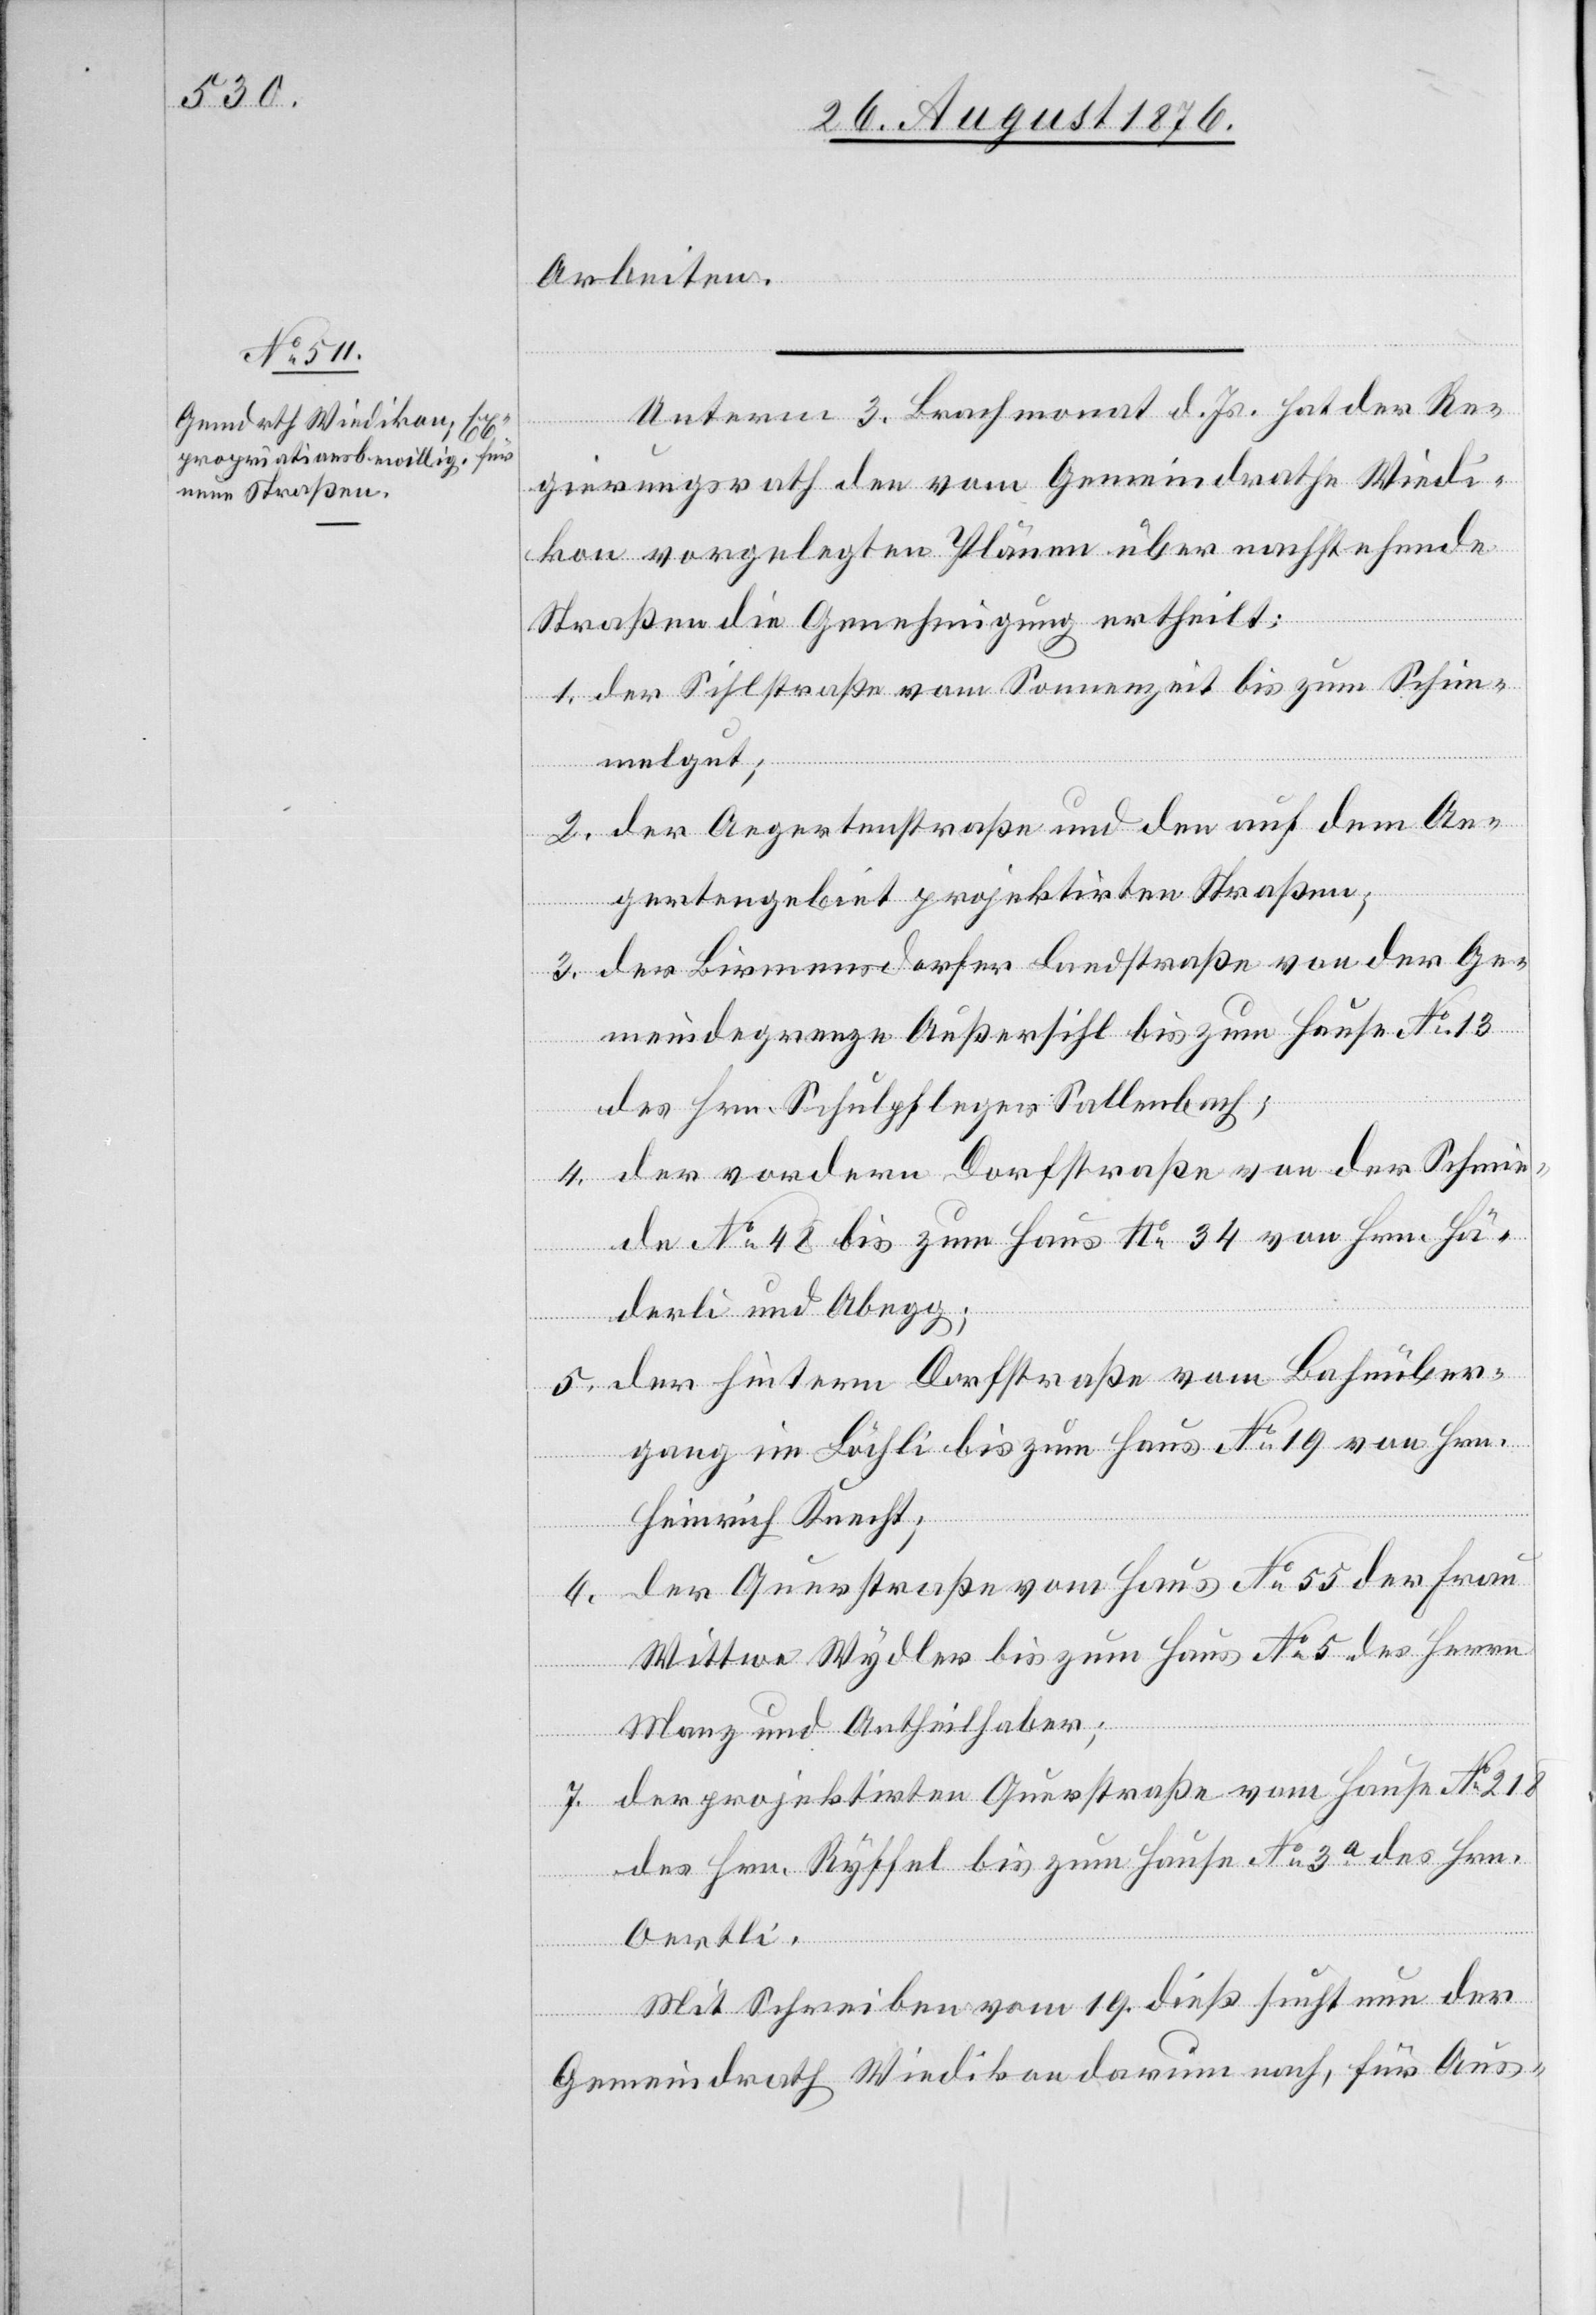
Arbeiten.
Unterm 3. Brachmonat d. Js. hat der Re¬
gierungsrath den vom Gemeindrathe Wiedi¬
kon vorgelegten Plänen über nachstehende
Straßen die Genehmigung ertheilt:
1. der Sihlstraße vom Sonnenzeit bis zum Schim¬
melgut;
2. der Angertenstraße und den auf dem An¬
gertengebiet projektirten Straßen;
3. der Birmensdorfer Landstraße von der Ge¬
meindegrenze Außersihl bis zum Hause No 13
des Hrn. Schulpfleger Sallenbach;
4. der vordern Dorfstraße von der Schmie¬
de No 48 bis zum Haus No 34 von Hrn. Hä¬
derli und Abegg;
5. der hintern Dorfstraße vom Bahnüber¬
gang im Bächli bis zum Haus No 19 von Hrn.
Heinrich Knecht;
der Querstraße vom Haus No 55 der Frau
Wittwe Wydler bis zum Haus No 5 des Herrn
Manz und Antheilhaber;
7. der projektirten Querstraße vom Hause No 218
des Hrn. Ryffel bis zum Hause No 4a des Hrn.
Oertli.
Mit Schreiben vom 19. dieß sucht nun der
Gemeindrath Wiedikon darum nach, für Aus-